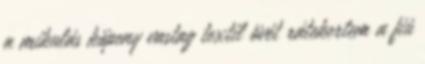
a mikulás köpeny vastag textil övét rátekertem a fiú